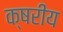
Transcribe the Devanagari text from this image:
क्षरीय